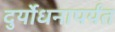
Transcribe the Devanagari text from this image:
दुर्योधनापर्यंत